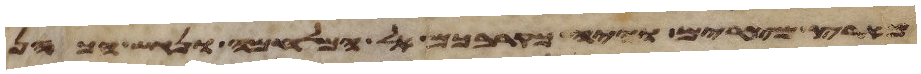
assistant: מארץ מצרים והיה כקרבכם אל המלחמה ונגש הכהן